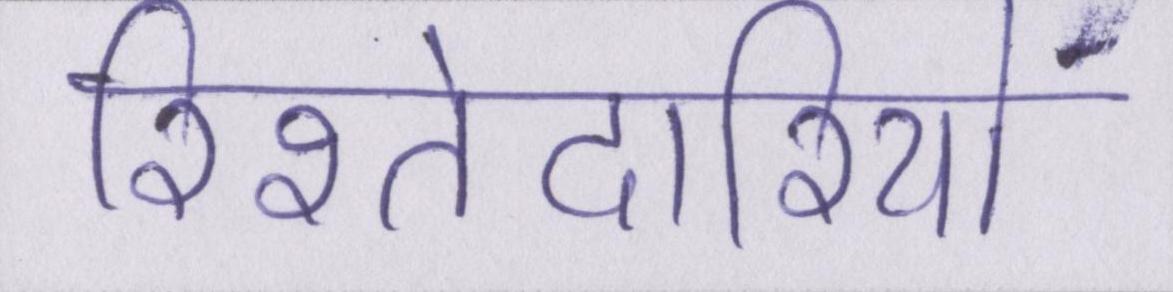
रिश्तेदारियों